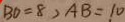
B D = 8 , A B = 1 0